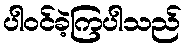
ပါဝင်ခဲ့ကြပါသည်